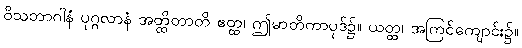
ဝိသဘာဂါနံ ပုဂ္ဂလာနံ အတ္ထိတာတိ ဧတ္ထ၊ ဤမာတိကာပုဒ်၌။ ယတ္ထ၊ အကြင်ကျောင်း၌။